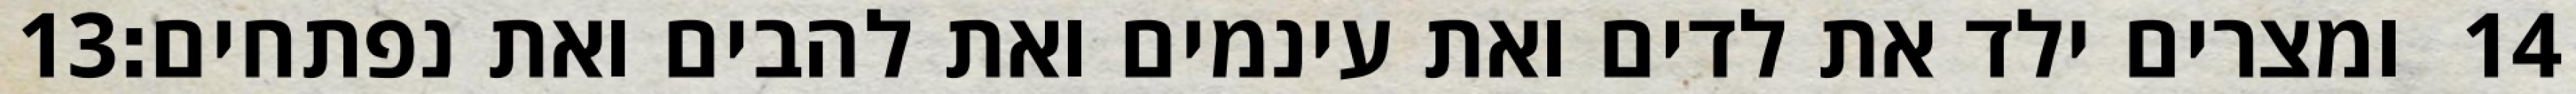
‎13‏ ומצרים ילד את לדים ואת עינמים ואת להבים ואת נפתחים׃ ‎14‏